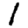
Digit: 1